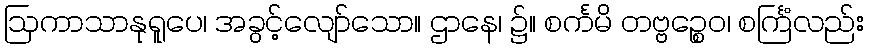
ဩကာသာနုရူပေ၊ အခွင့်လျော်သော။ ဌာနေ၊ ၌။ စင်္ကမိ တဗ္ဗဉ္စေဝ၊ စင်္ကြံလည်း